Vaccination report Assam 1896-1927 - 1896-1927
Year: 1896
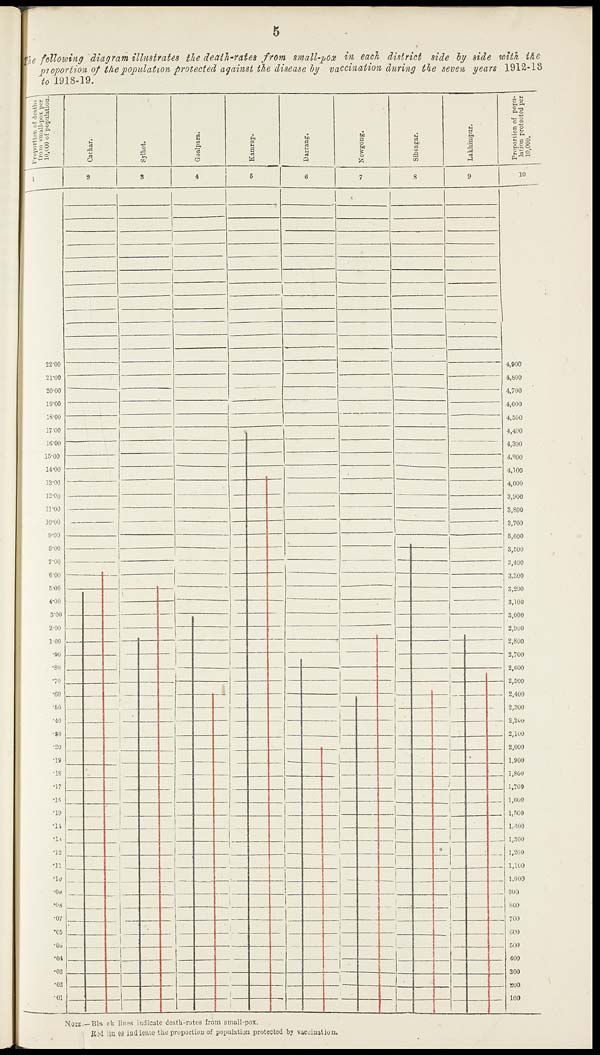
5
The following diagram illustrates the death-rates from small-pox in each district side by side with the
proportion of the population protected against the disease by vaccination during the seven years 1912-13
to 1918-19.
NOTE.—Black lines indicate death-rates from small-pox.
Red lines indicate the proportion of population protected by vaccination.